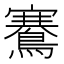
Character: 鶱